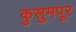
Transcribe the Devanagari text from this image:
कुसुमपूर